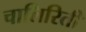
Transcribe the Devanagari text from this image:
चालिरिती